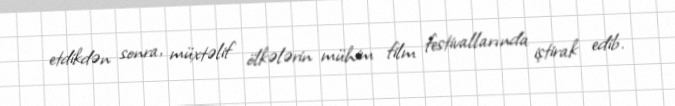
etdikdən sonra, müxtəlif ölkələrin mühim film festivallarında iştirak edib.